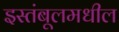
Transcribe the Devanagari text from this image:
इस्तंबूलमधील